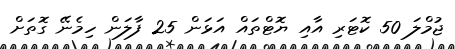
ޖުމްލަ 50 ކޮޓަރި އާއި ޔޮޓްތައް އަޅަން 25 ފާލަން ހިމެނޭ ގޮތަށް